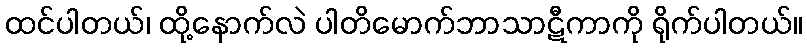
ထင်ပါတယ်၊ ထို့နောက်လဲ ပါတိမောက်ဘာသာဋီကာကို ရိုက်ပါတယ်။